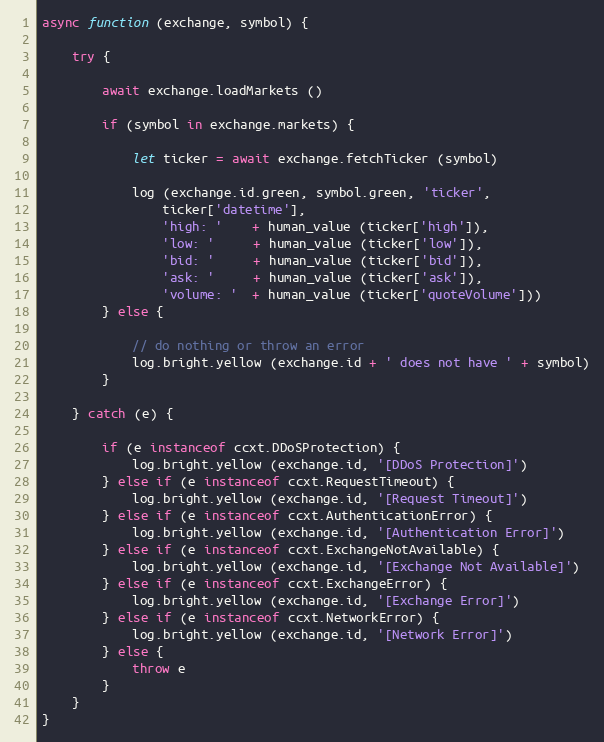
Language: JavaScript
async function (exchange, symbol) {

    try {

        await exchange.loadMarkets ()

        if (symbol in exchange.markets) {

            let ticker = await exchange.fetchTicker (symbol)

            log (exchange.id.green, symbol.green, 'ticker',
                ticker['datetime'],
                'high: '    + human_value (ticker['high']),
                'low: '     + human_value (ticker['low']),
                'bid: '     + human_value (ticker['bid']),
                'ask: '     + human_value (ticker['ask']),
                'volume: '  + human_value (ticker['quoteVolume']))
        } else {

            // do nothing or throw an error
            log.bright.yellow (exchange.id + ' does not have ' + symbol)
        }

    } catch (e) {

        if (e instanceof ccxt.DDoSProtection) {
            log.bright.yellow (exchange.id, '[DDoS Protection]')
        } else if (e instanceof ccxt.RequestTimeout) {
            log.bright.yellow (exchange.id, '[Request Timeout]')
        } else if (e instanceof ccxt.AuthenticationError) {
            log.bright.yellow (exchange.id, '[Authentication Error]')
        } else if (e instanceof ccxt.ExchangeNotAvailable) {
            log.bright.yellow (exchange.id, '[Exchange Not Available]')
        } else if (e instanceof ccxt.ExchangeError) {
            log.bright.yellow (exchange.id, '[Exchange Error]')
        } else if (e instanceof ccxt.NetworkError) {
            log.bright.yellow (exchange.id, '[Network Error]')
        } else {
            throw e
        }
    }
}